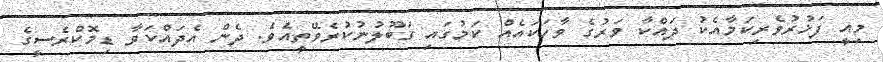
މިއީ ފަޚުރުވެރިކަމާއެކު ދައްކާ ވަރުގެ ވާހަކައެއް ކަމުގައި ގަބޫލުނުކުރެވޭތީއެވެ. ދެން އެދައްކަވާ ޑިމޮކްރެސީގެ